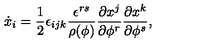
\dot { x } _ { i } = { \frac { 1 } { 2 } } \epsilon _ { i j k } { \frac { \epsilon ^ { r s } } { \rho ( \phi ) } } { \frac { \partial x ^ { j } } { \partial \phi ^ { r } } } { \frac { \partial x ^ { k } } { \partial \phi ^ { s } } } ,